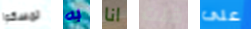
تمسكوا به انا قلت على